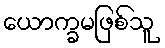
ယောက္ခမဖြစ်သူ